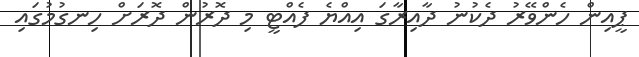
ޕީއިން ހެންވޭރު ދެކުނު ދާއިރާގަ އިއްޔެ ފެއްޓީ މި ދޮރުން ދޮރަށް ހިނގުމުގައި